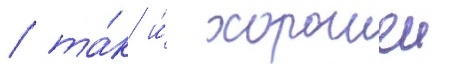
/ та́к и́ хорошеи